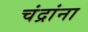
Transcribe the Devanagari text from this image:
चंद्रांना